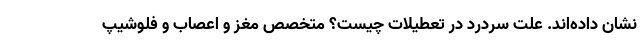
نشان داده‌اند. علت سردرد در تعطیلات چیست؟ متخصص مغز و اعصاب و فلوشیپ